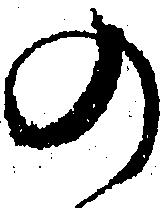
の